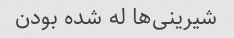
شیرینی‌ها له شده بودن